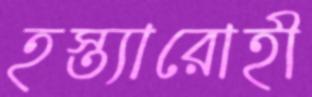
হস্ত্যারোহী